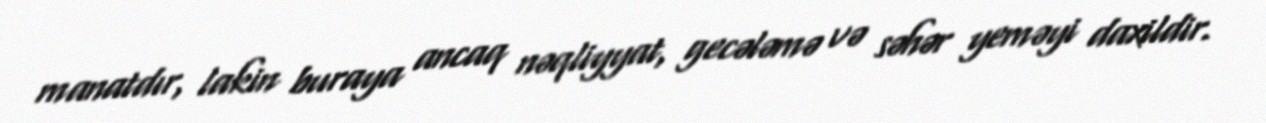
manatdır, lakin buraya ancaq nəqliyyat, gecələmə və səhər yeməyi daxildir.